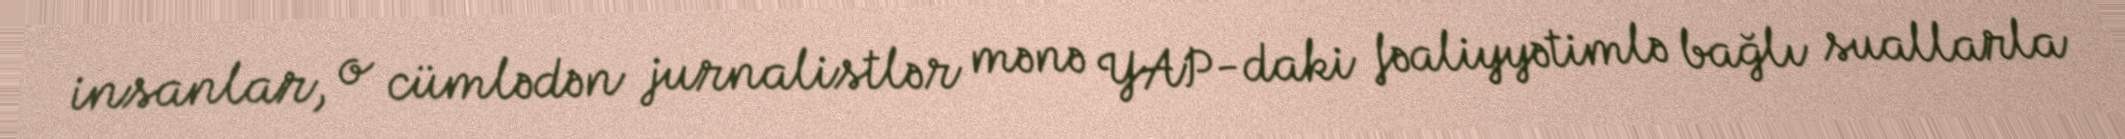
insanlar, o cümlədən jurnalistlər mənə YAP-daki fəaliyyətimlə bağlı suallarla